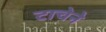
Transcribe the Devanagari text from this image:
टाचेने